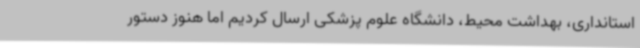
استانداری، بهداشت محیط، دانشگاه علوم پزشکی ارسال کردیم اما هنوز دستور